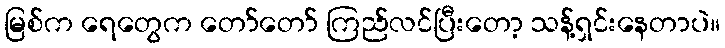
မြစ်က ရေတွေက တော်တော် ကြည်လင်ပြီးတော့ သန့်ရှင်းနေတာပဲ။